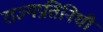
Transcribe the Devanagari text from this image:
राज्यप्रतिनिधी